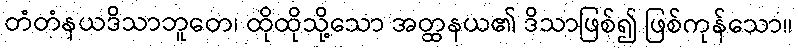
တံတံနယဒိသာဘူတေ၊ ထိုထိုသို့သော အတ္ထနယ၏ ဒိသာဖြစ်၍ ဖြစ်ကုန်သော။